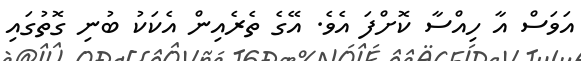
އަވަސް އާ ހިއްސާ ކޮށްފަ އެވެ. އޭގެ ތެރެއިން އެކަކު ބުނި ގޮތުގައި